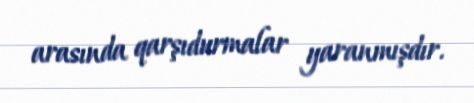
arasında qarşıdurmalar yaranmışdır.